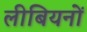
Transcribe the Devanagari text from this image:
लीबियनों